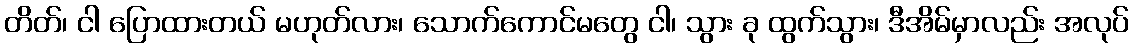
တိတ်၊ ငါ ပြောထားတယ် မဟုတ်လား၊ သောက်ကောင်မတွေ ငါ၊ သွား ခု ထွက်သွား၊ ဒီအိမ်မှာလည်း အလုပ်